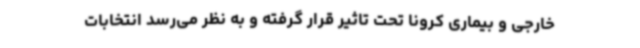
خارجی و بیماری کرونا تحت تاثیر قرار گرفته و به نظر می‌رسد انتخابات